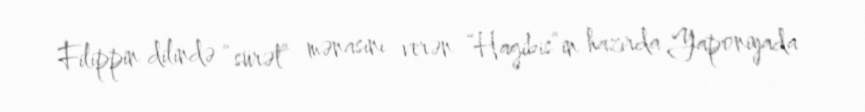
Filippin dilində “sürət” mənasını verən “Hagibis”in hazırda Yaponiyada